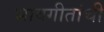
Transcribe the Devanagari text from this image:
भावगीतांची